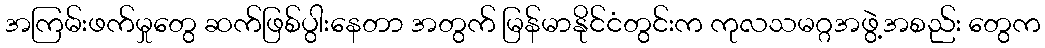
အကြမ်းဖက်မှုတွေ ဆက်ဖြစ်ပွါးနေတာ အတွက် မြန်မာနိုင်ငံတွင်းက ကုလသမဂ္ဂအဖွဲ့အစည်း တွေက